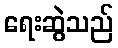
ရေးဆွဲသည်